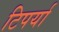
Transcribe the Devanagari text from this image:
टिपर्या